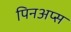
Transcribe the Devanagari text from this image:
पिनअप्स